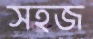
সহজ